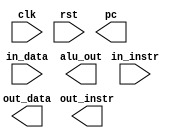
module dut_dummy(
    input clk,
    input rst,
    input [31:0] in_instr,
    input [31:0] in_data,
    output [31:0] pc,
    output [31:0] alu_out,
    output [31:0] out_instr,
    output [31:0] out_data
);

endmodule